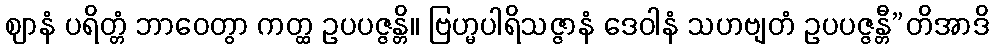
ဈာနံ ပရိတ္တံ ဘာဝေတွာ ကတ္ထ ဥပပဇ္ဇန္တိ။ ဗြဟ္မပါရိသဇ္ဇာနံ ဒေဝါနံ သဟဗျတံ ဥပပဇ္ဇန္တီ”တိအာဒိ